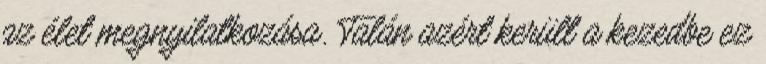
az élet megnyilatkozása. Talán azért került a kezedbe ez